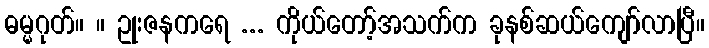
ဓမ္မဂုတ်။ ။ ဥုးဇနကရေ ... ကိုယ်တော့်အသက်က ခုနစ်ဆယ်ကျော်လာပြီ။